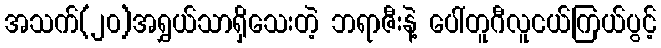
အသက်(၂၀)အရွှယ်သာရှိသေးတဲ့ ဘရာဇီးနဲ့ ပေါ်တူဂီလူငယ်ကြယ်ပွင့်